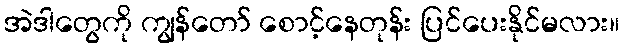
အဲဒါတွေကို ကျွန်တော် စောင့်နေတုန်း ပြင်ပေးနိုင်မလား။